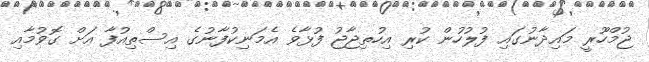
ޖުމްހޫރީ މައިދާނުގައި ފުލުހުން ކުރި އިހުތިޖާޖު ފުޅާވެ އެމަނިކުފާނުގެ އިސްތިއުފާ އަށް ގޮވުމާއި